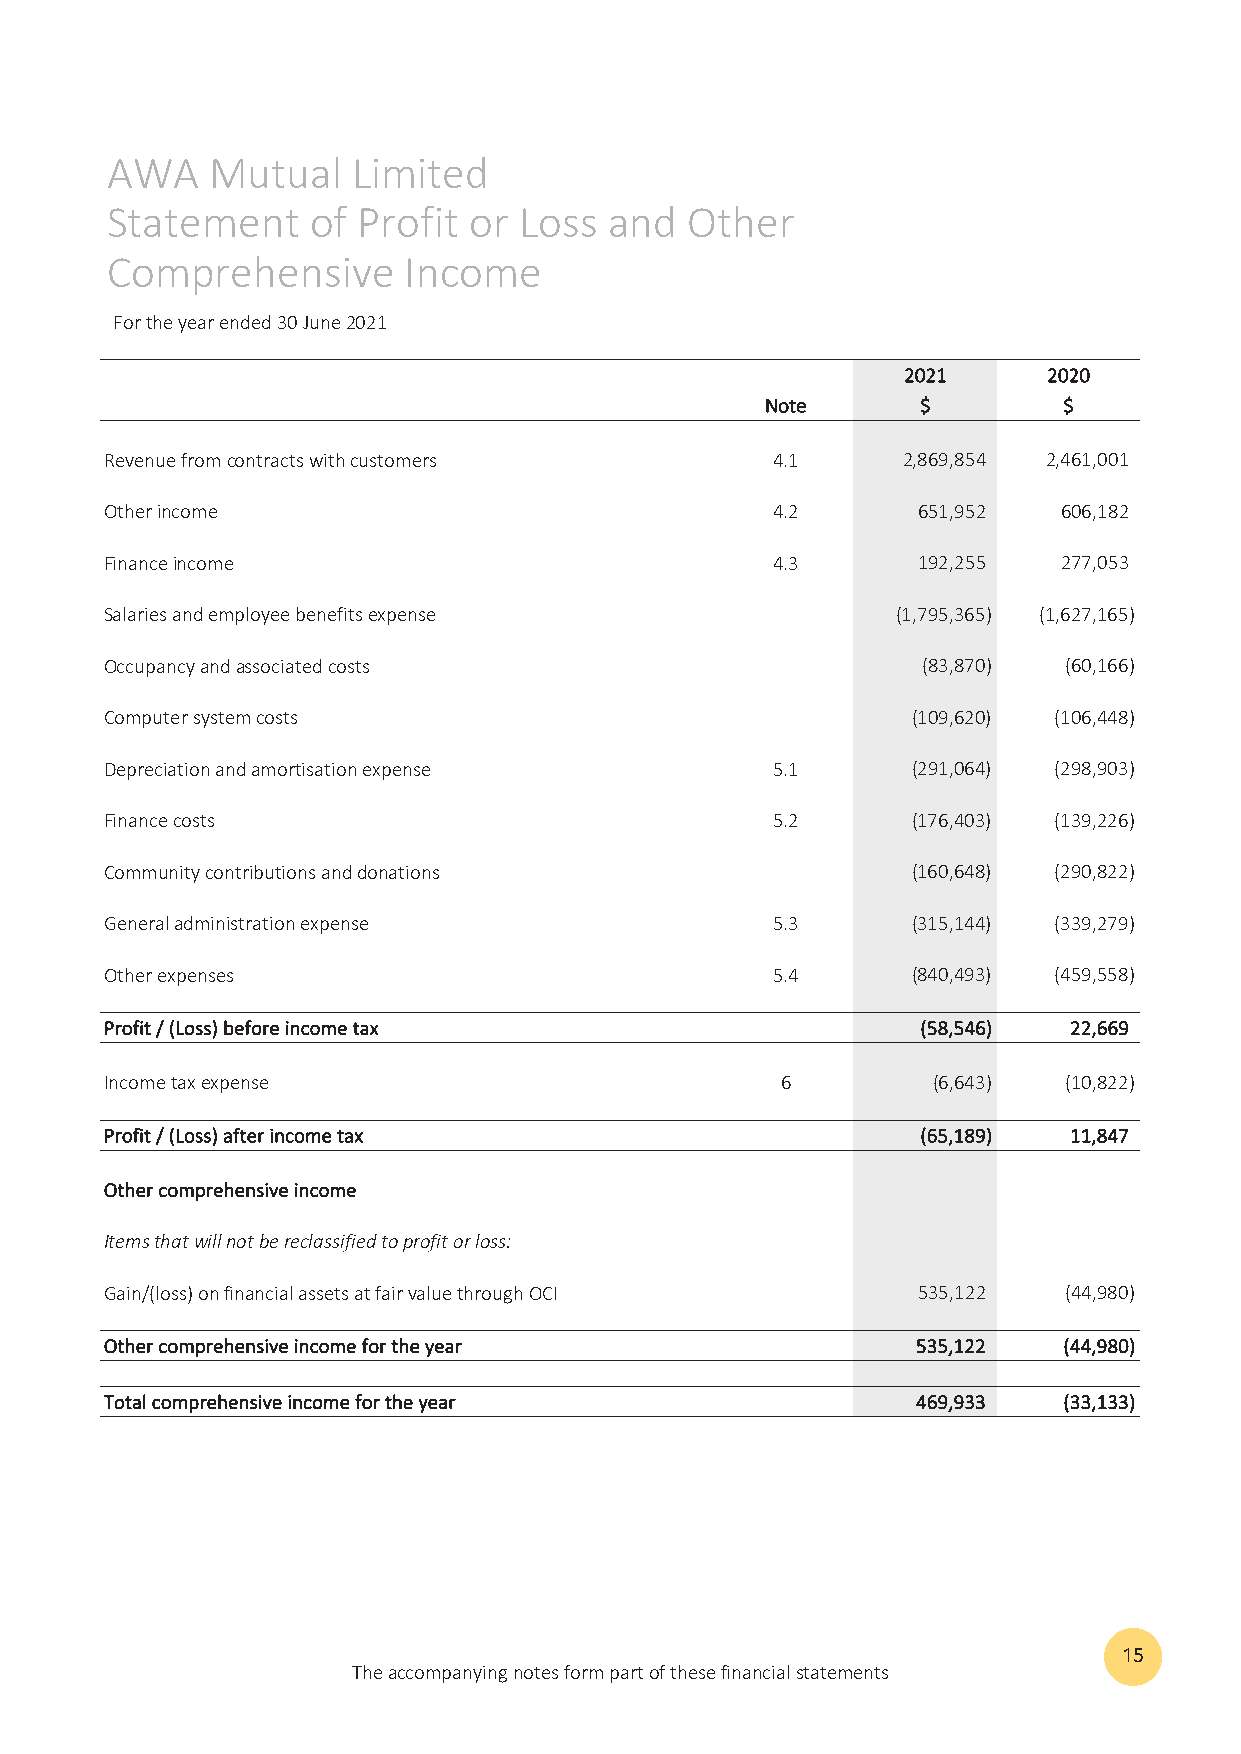
AWA    Mutual   Limited
 Statement    of  Profit or Loss  and  Other
 Comprehensive       Income
 For the year ended 30 June 2021
 22002211 22002200
 NNoottee  $$       $$
 Revenue from contracts with customers       4.1      2,869,854 2,461,001
 Other income                                4.2       651,952  606,182
 Finance income                              4.3       192,255  277,053
 Salaries and employee benefits expense              (1,795,365) (1,627,165)
 Occupancy and associated costs                        (83,870) (60,166)
 Computer system costs                                (109,620) (106,448)
 Depreciation and amortisation expense       5.1      (291,064) (298,903)
 Finance costs                               5.2      (176,403) (139,226)
 Community contributions and donations                (160,648) (290,822)
 General administration expense              5.3      (315,144) (339,279)
 Other expenses                              5.4      (840,493) (459,558)
 PPrrooffiitt // ((LLoossss)) bbeeffoorree iinnccoommee ttaaxx ((5588,,554466)) 2222,,666699
 Income tax expense                           6         (6,643) (10,822)
 PPrrooffiitt // ((LLoossss)) aafftteerr iinnccoommee ttaaxx ((6655,,118899)) 1111,,884477
 OOtthheerr ccoommpprreehheennssiivvee iinnccoommee
 Items that will not be reclassified to profit or loss:
 Gain/(loss) on financial assets at fair value through OCI 535,122 (44,980)
 OOtthheerr ccoommpprreehheennssiivvee iinnccoommee ffoorr tthhee yyeeaarr 553355,,112222 ((4444,,998800))
 TToottaall ccoommpprreehheennssiivvee iinnccoommee ffoorr tthhee yyeeaarr 446699,,993333 ((3333,,113333))
 15
 The accompanying notes form part of these financial statements